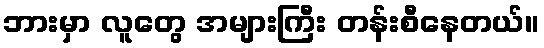
ဘားမှာ လူတွေ အများကြီး တန်းစီနေတယ်။